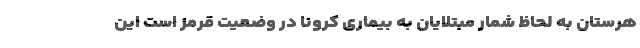
هرستان به لحاظ شمار مبتلایان به بیماری کرونا در وضعیت قرمز است این